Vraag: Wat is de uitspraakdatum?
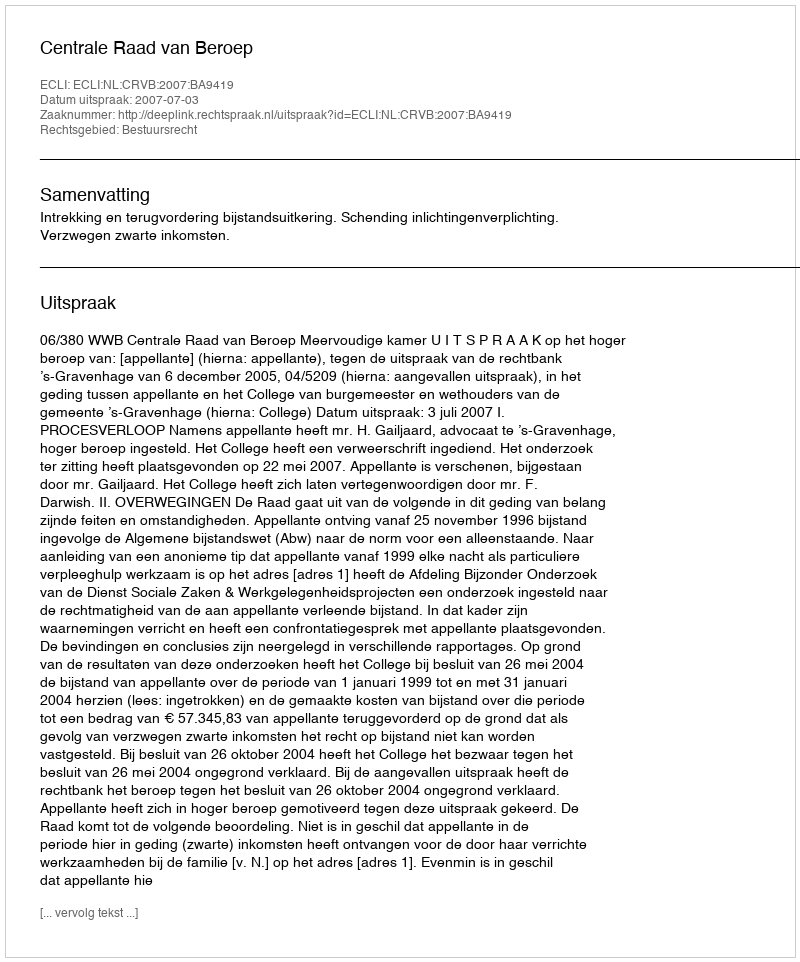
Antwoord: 2007-07-03